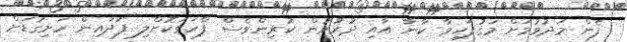
ފެން މަދުވުމަށް މަގުފަހިވާ ކާނާ އާއި ދުރުވުން ކުރިންވެސް ފާހަގަކޮށްލި ފަދައިން ހަށިގަޑަށް